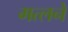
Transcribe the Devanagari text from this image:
मत्लने